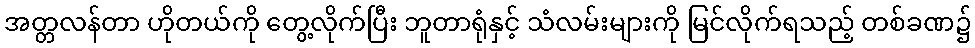
အတ္တလန်တာ ဟိုတယ်ကို တွေ့လိုက်ပြီး ဘူတာရုံနှင့် သံလမ်းများကို မြင်လိုက်ရသည့် တစ်ခဏ၌